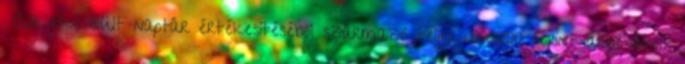
Az elkészült naptár értékesítéséből származó teljes 1.000.000 forint árbevételt